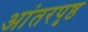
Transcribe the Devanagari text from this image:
आंतरपृष्ठ